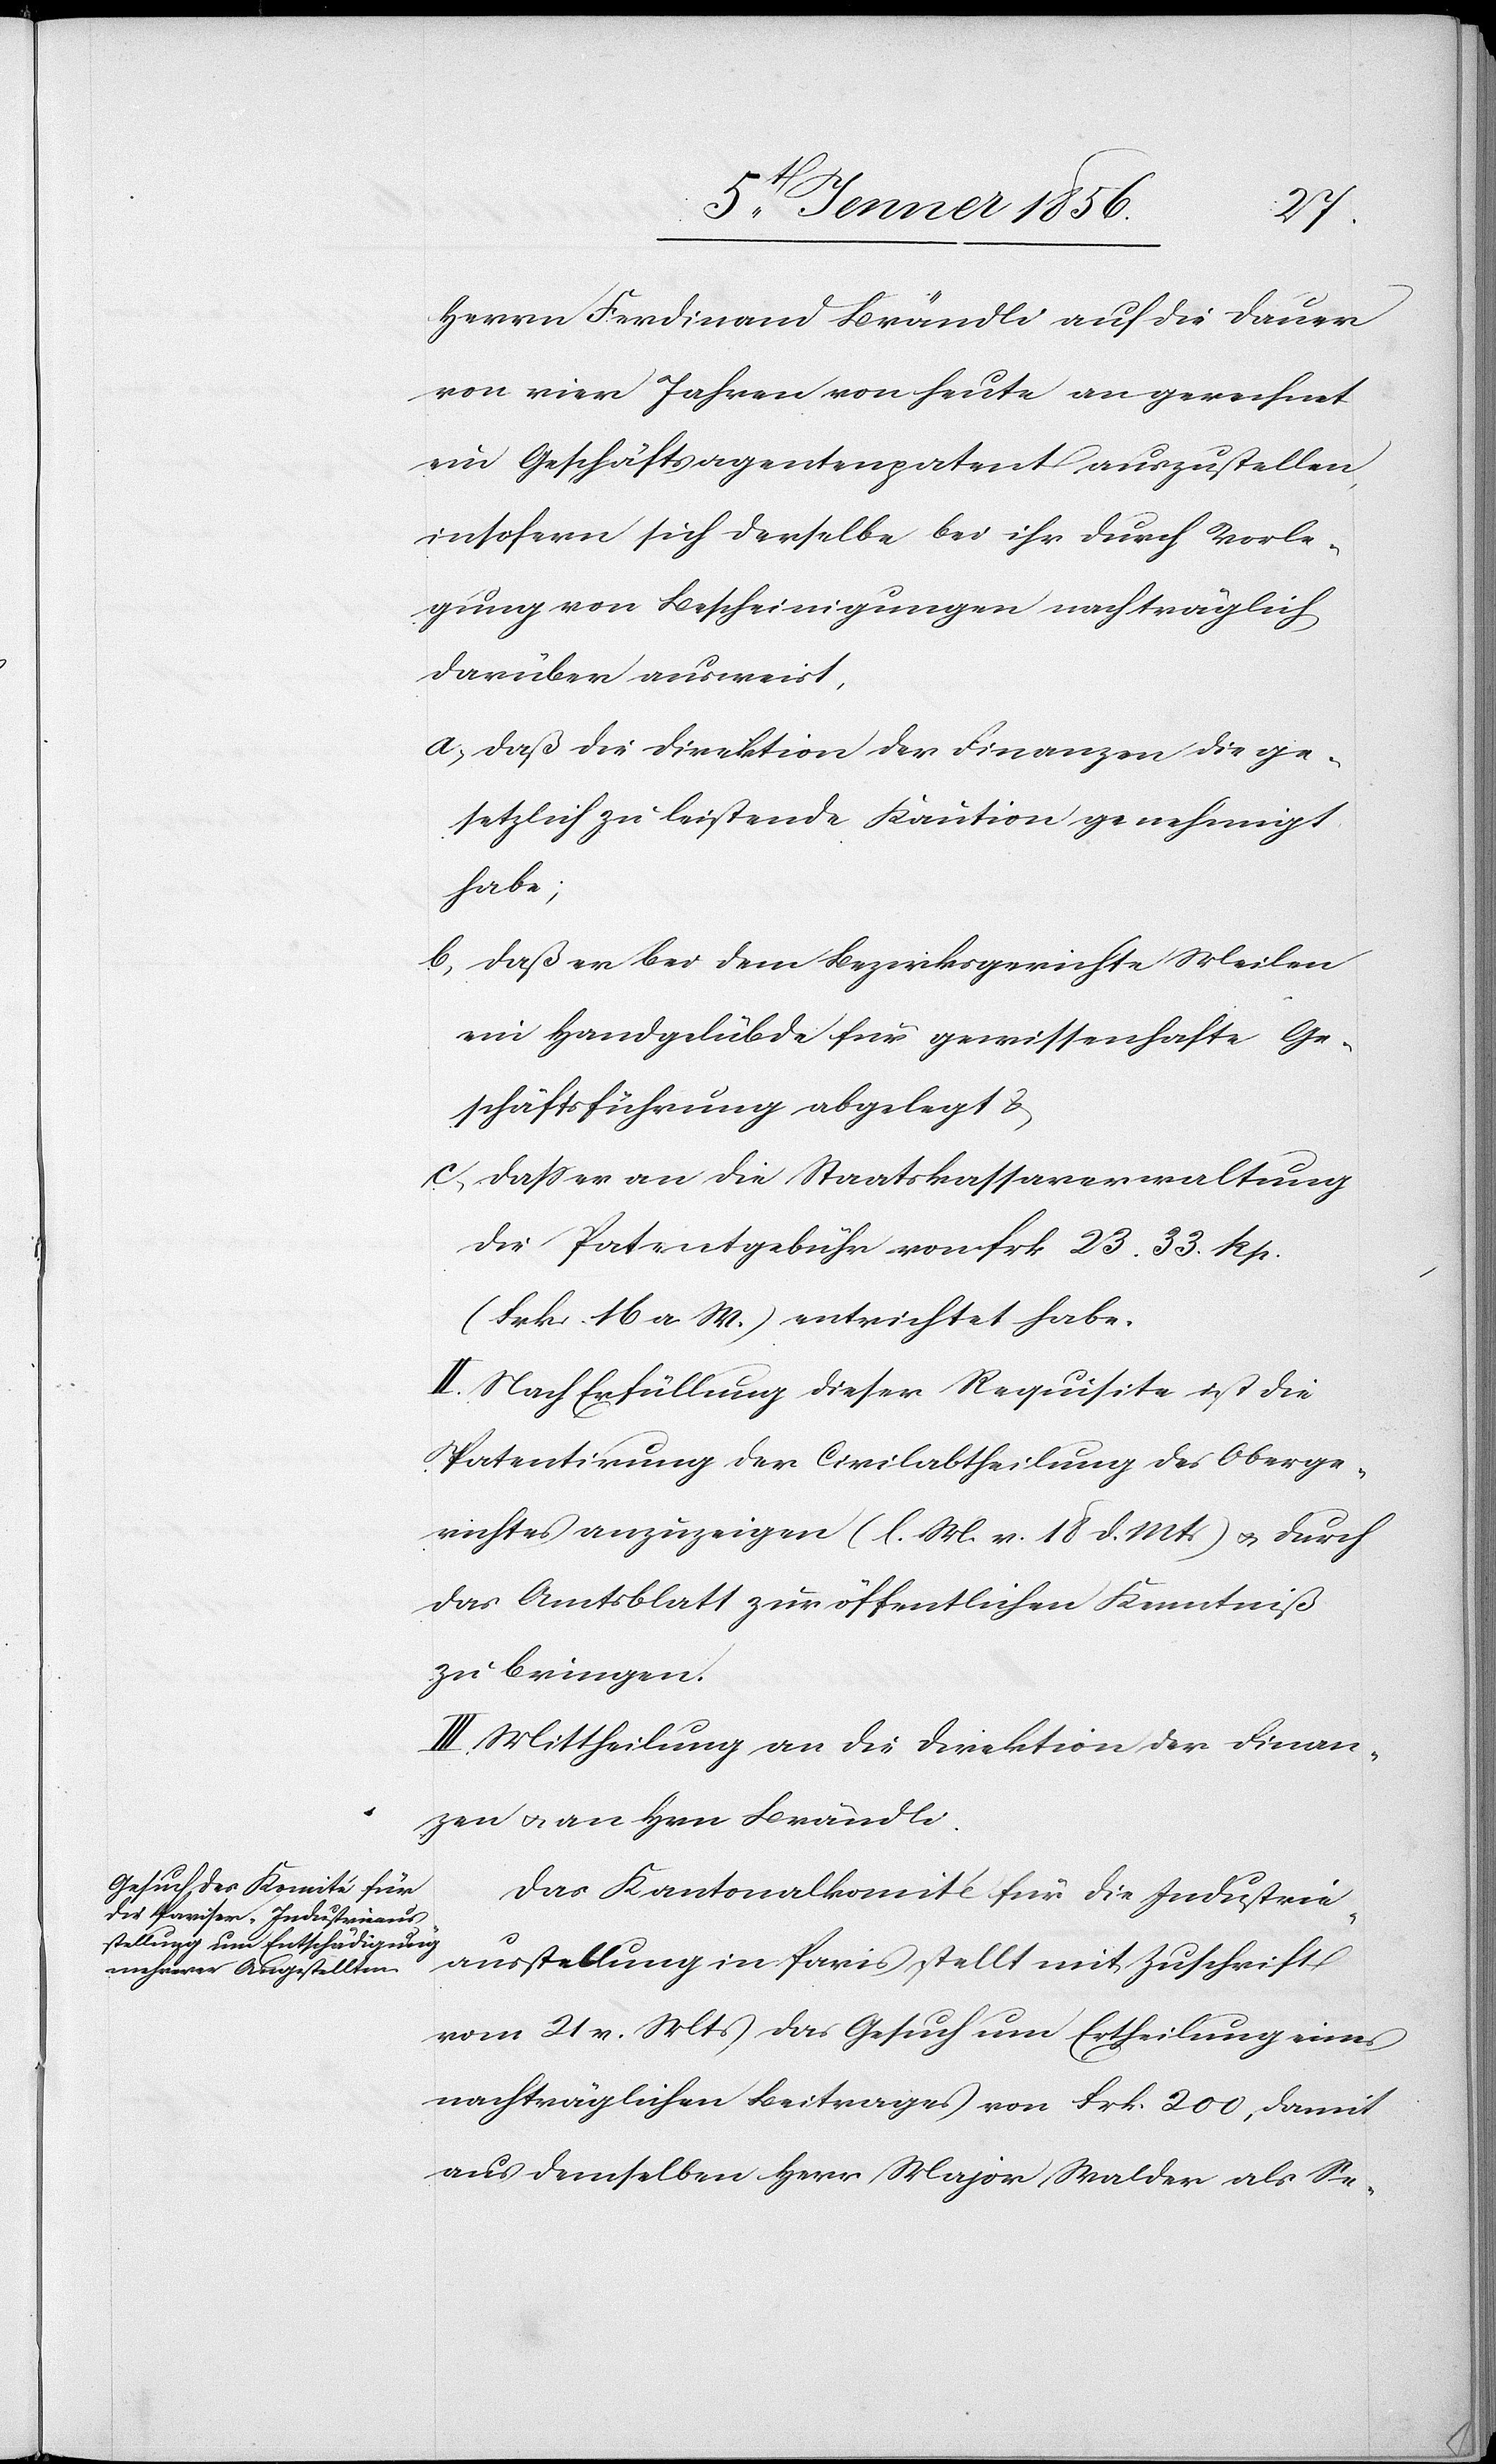
Herrn Ferdinand Brändli auf die Dauer
von vier Jahren von heute an gerechnet
ein Geschäftsagentenpatent auszustellen,
insofern sich derselbe bei ihr durch Vorle¬
gung von Bescheinigungen nachträglich
darüber ausweist,
a, daß die Direktion der Finanzen die ge¬
setzlich zu leistende Kaution genehmigt
habe;
b, daß er bei dem Bezirksgerichte Meilen
ein Handgelübde für gewissenhafte Ge¬
schäftsführung abgelegt &
c, dass er an die Staatskassaverwaltung
die Patentgebühr von frk 23. 33. Rp.
(Frk. 16 a W.) entrichtet habe.
II. Nach Erfüllung dieser Requisite ist die
Patentirung der Civilabtheilung des Oberge¬
richtes anzuzeigen (l. M. v. 18 d. Mts) u. durch
das Amtsblatt zur öffentlichen Kenntniß
zu bringen.
III. Mittheilung an die Direktion der Finan¬
zen u. an Hrn Brändli.
Das Kantonalkomité für die Industrie¬
ausstellung in Paris stellt mit Zuschrift
vom 21 v. Mts das Gesuch um Ertheilung eines
nachträglichen Beitrages von Frk. 200, damit
aus demselben Herr Major Walder als Se-